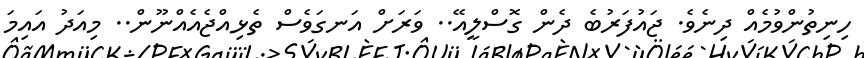
ހިނިތުންވުމެއް ދިނެވެ. ޖައުފަރުބެ ދެން ގޮސްލީއޭ.. ވަރަށް އަނގަވެސް ތެޅިއްޖެއެއްނޫން.. މިއަދު އައިމަ